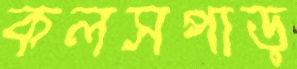
কলসপাড়